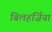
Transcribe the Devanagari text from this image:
बिलहर्ज़िया